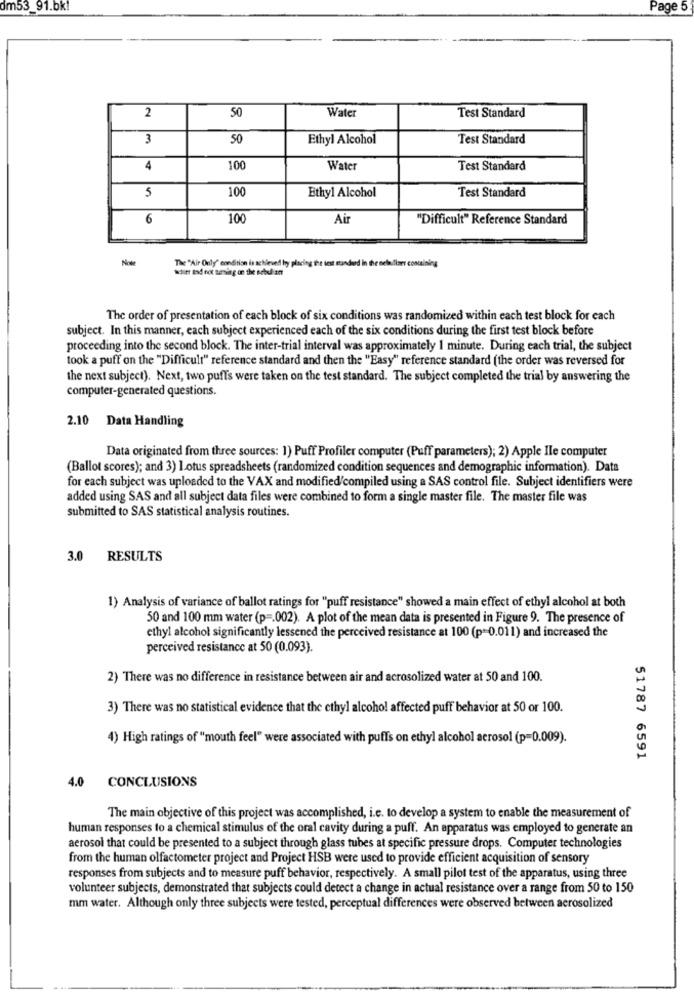
dm53_91.bk!
Page 5
50
Water
2
Test Standard
3
50
Ethyl Alcohol
Test Standard
4
100
Water
Test Standard
5
100
Ethyl Alcohol
Test Standard
6
100
Air
"Difficult" Reference Standard
Note
The "Air Only" condition is achieved by placing the test standard in the nels
aSitt tad not turning on the nebuli ant
The order of presentation of each block of six conditions was randomized within each test block for each
subject. In this manner, each subject experienced each of the six conditions during the first test block before
proceeding into the second block. The inter-trial interval was approximately 1 minute. During each trial, the subject
took a puff on the "Difficult" reference standard and then the "Easy" reference standard (the order was reversed for
the next subject). Next, two puffs were taken on the test standard. The subject completed the trial by answering the
computer-generated questions.
2.10 Data Handling
Data originated from three sources: 1) Puff Profiler computer (Puff parameters); 2) Apple Ile computer
(Ballot scores); and 3) lotus spreadsheets (randomized condition sequences and demographic information). Data
for each subject was uploaded to the VAX and modified/compiled using a SAS control file. Subject identifiers were
added using SAS and all subject data files were combined to form a single master file. The master file was
submitted to SAS statistical analysis routines.
3.0 RESULTS
1) Analysis of variance of ballot ratings for "puff resistance" showed a main effect of ethyl alcohol at both
50 and 100 mm water (p =. 002). A plot of the mean data is presented in Figure 9. The presence of
ethyl alcohol significantly lessened the perceived resistance at 100 (p= 0.011) and increased the
perceived resistance at 50 (0.093).
2) There was no difference in resistance between air and acrosolized water at 50 and 100.
3) There was no statistical evidence that the ethyl alcohol affected puff behavior at 50 or 100.
4) High ratings of "mouth feel" were associated with puffs on ethyl alcohol aerosol (p=0.009).
51787 6591
CONCLUSIONS
4.0
The main objective of this project was accomplished, i.e. to develop a system to enable the measurement of
human responses to a chemical stimulus of the oral cavity during a puff. An apparatus was employed to generate an
aerosol that could be presented to a subject through glass tubes at specific pressure drops. Computer technologies
from the human olfactometer project and Project HSB were used to provide efficient acquisition of sensory
responses from subjects and to measure puff behavior, respectively. A small pilot test of the apparatus, using three
volunteer subjects, demonstrated that subjects could detect a change in actual resistance over a range from 50 to 150
mm water. Although only three subjects were tested, perceptual differences were observed between aerosolized